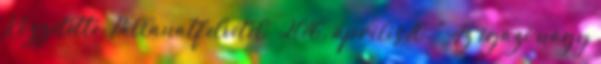
Közzétette: Pillanatfelvétel – 2016. április 10. "Az igazi nagy